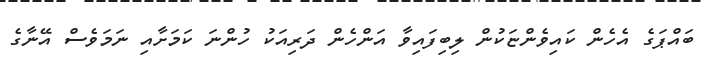
ބައްޕަގެ އެހެން ކައިވެންޏަކުން ލިބިފައިވާ އަންހެން ދަރިއަކު ހުންނަ ކަމަށާއި ނަަމަވެސް އޭނާގެ